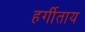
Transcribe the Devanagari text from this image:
हर्गीताय